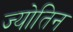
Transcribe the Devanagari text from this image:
ज्योतिन